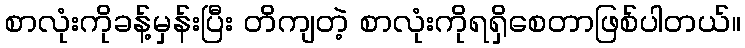
စာလုံးကိုခန့်မှန်းပြီး တိကျတဲ့ စာလုံးကိုရရှိစေတာဖြစ်ပါတယ်။